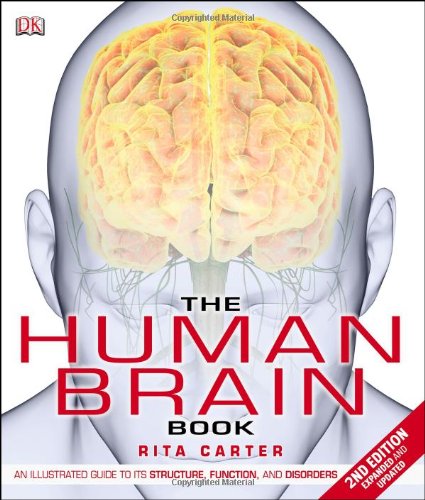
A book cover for The Human Brain Book; Rita Carter; Science & Math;